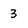
Character: 3